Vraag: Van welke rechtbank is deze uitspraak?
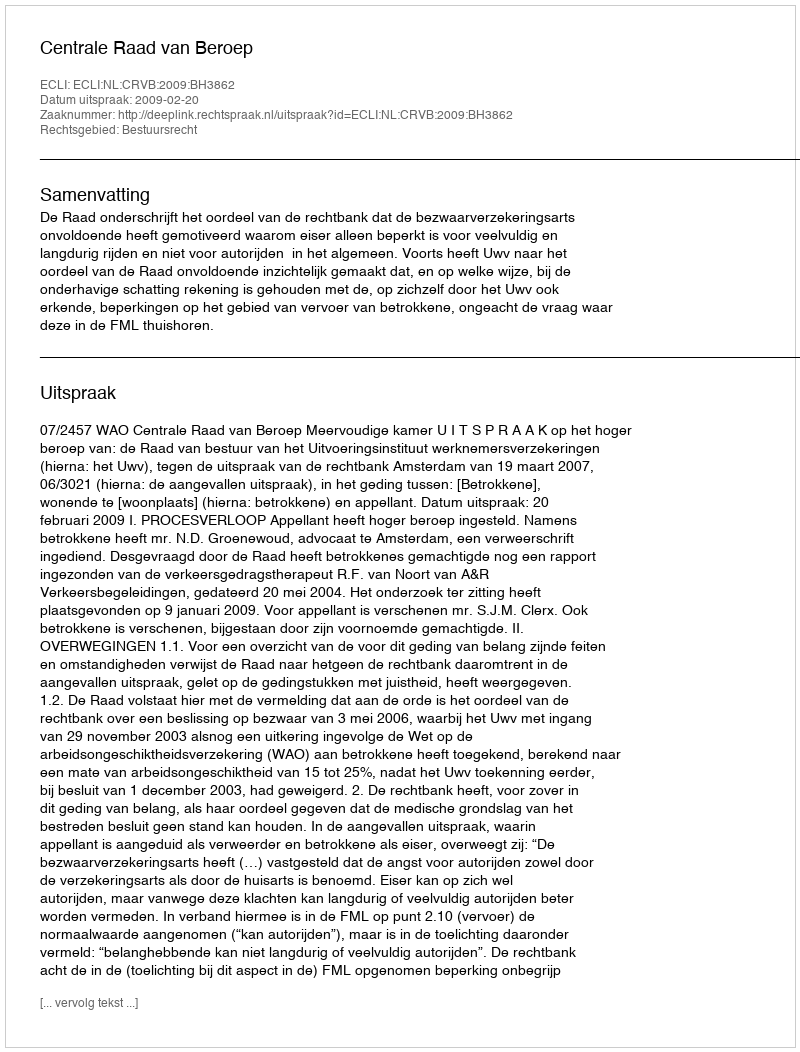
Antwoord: Centrale Raad van Beroep